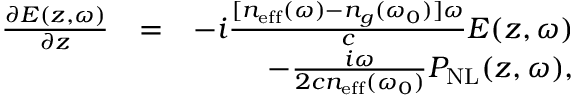
\begin{array} { r l r } { \frac { \partial E ( z , \omega ) } { \partial z } } & { = } & { - i \frac { [ n _ { \mathrm { e f f } } ( \omega ) - n _ { g } ( \omega _ { 0 } ) ] \omega } { c } E ( z , \omega ) } \\ & { } & { - \frac { i \omega } { 2 c n _ { \mathrm { e f f } } ( \omega _ { 0 } ) } P _ { \mathrm { N L } } ( z , \omega ) , } \end{array}